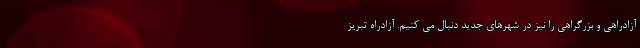
آزادراهی و بزرگراهی را نیز در شهرهای جدید دنبال می کنیم. آزادراه تبریز